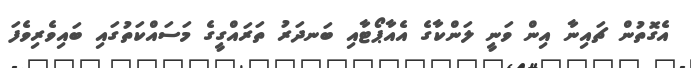
އެގޮތުން ޗައިނާ އިން ވަނީ ލަންކާގެ އެއާޕޯޓާއި ބަނދަރު ތަރައްގީގެ މަސައްކަތުގައި ބައިވެރިވެފަ